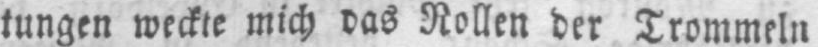
tungen weckte mich das Rollen der Trommeln